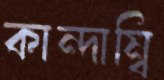
কান্দাম্বি